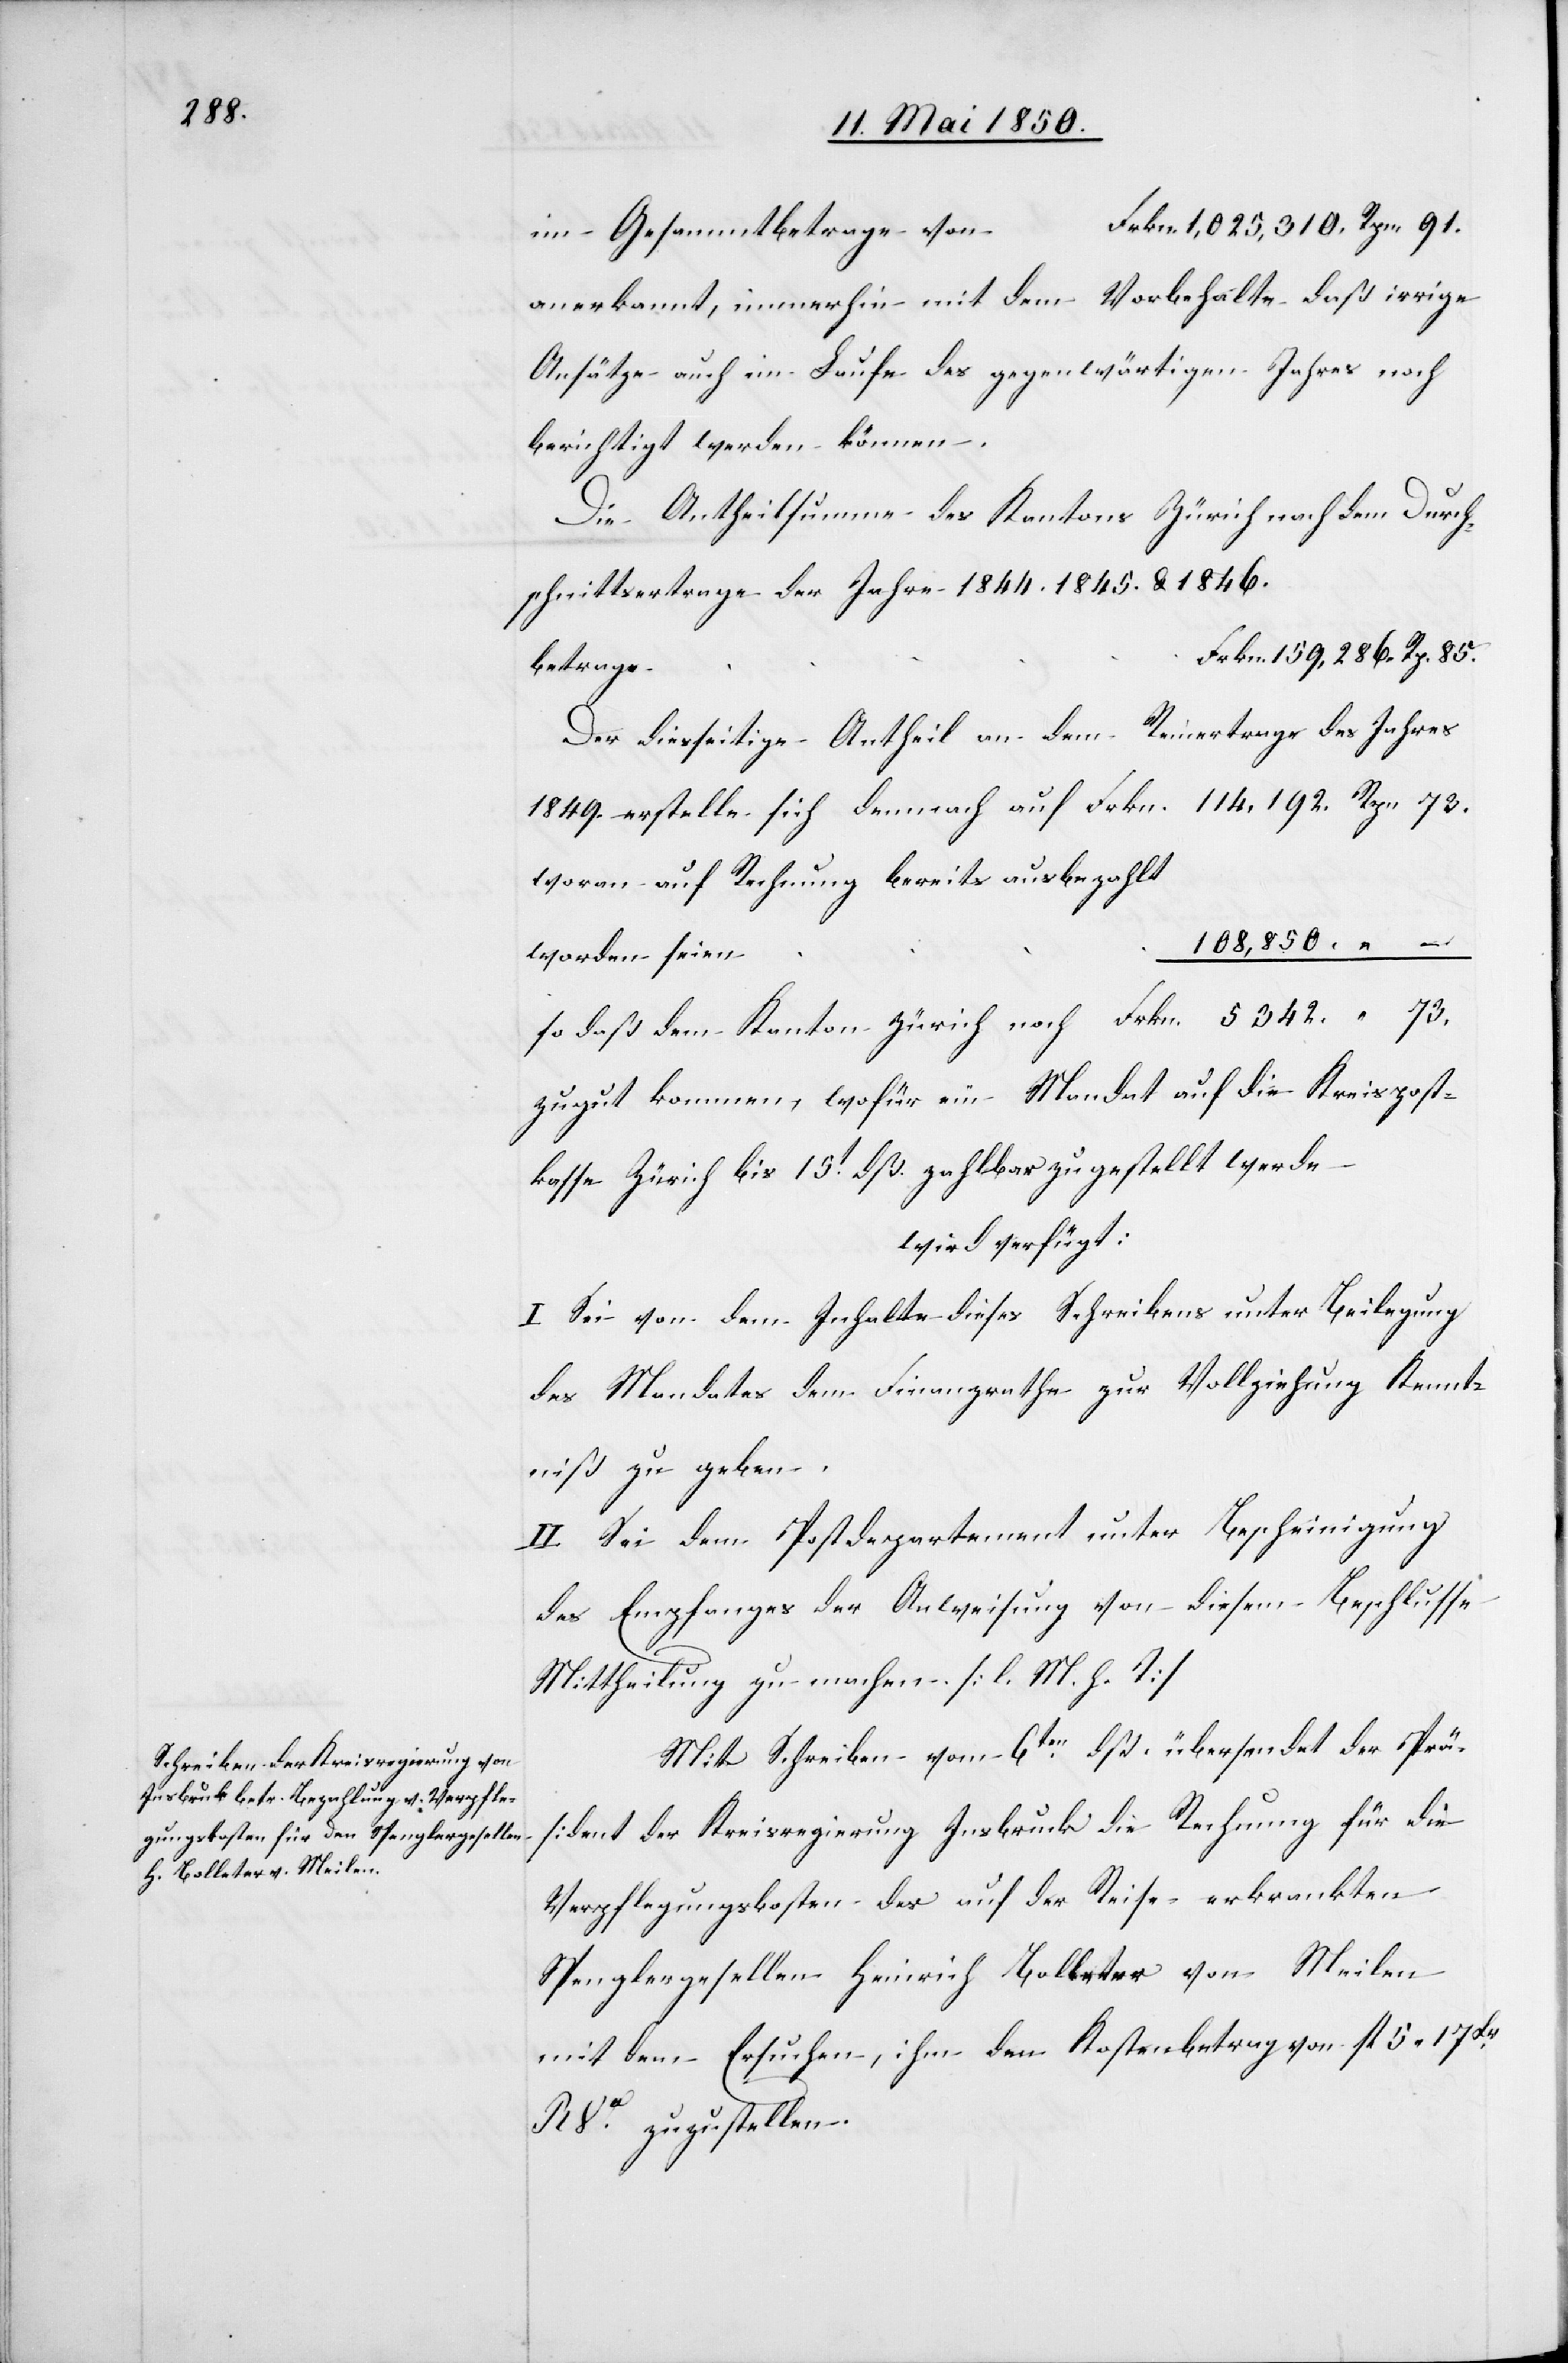
1849.

13. Mai 1850.]
im Gesammtbetrage
anerkannt, immerhin mit dem Vorbehalte daß irrige
Ansätze auch im Laufe des gegenwärtigen Jahres noch
berichtigt werden können.
Die Antheilsumme des Kantons Zürich nach dem Durch¬
schnittsertrage der Jahre 1844.[,] 1845. & 1846.
Der diesseitige Antheil an dem Reinertrage des Jahres
woran auf Rechnung bereits ausbezahlt
108,850.	“ –
so daß dem Kanton Zürich noch						Frkn.
zugut kommen, wofür ein Mandat auf die Kreispost¬
kasse Zürich bis 15t dß. zahlbar zugestellt werde
wird verfügt:
I Sei von dem Inhalte dieses Schreibens unter Beilegung
des Mandates dem Finanzrathe zur Vollziehung Kennt¬
niß zu geben.
II. Sei dem Postdepartement unter Bescheinigung
des Empfanges der Anweisung von diesem Beschlusse
Mittheilung zu machen. [l. M. h. T]
Mit Schreiben vom 6ten dß. übersendet der Prä¬
sident der Kreisregierung Insbruck die Rechnung für die
Verpflegungskosten des auf der Reise erkrankten
Spenglergesellen Heinrich Bolleter von Meilen
mit dem Ersuchen, ihm den Kostenbetrag von fl 5 17Xr
RVa zuzustellen.